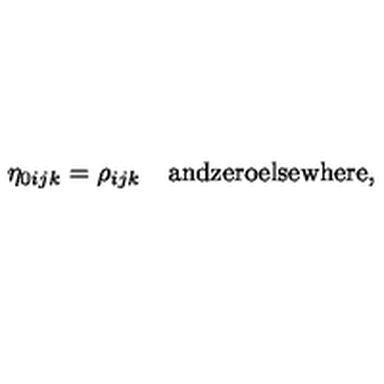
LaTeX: \eta _ { 0 i j k } = \rho _ { i j k } \quad \mathrm { a n d z e r o e l s e w h e r e } ,